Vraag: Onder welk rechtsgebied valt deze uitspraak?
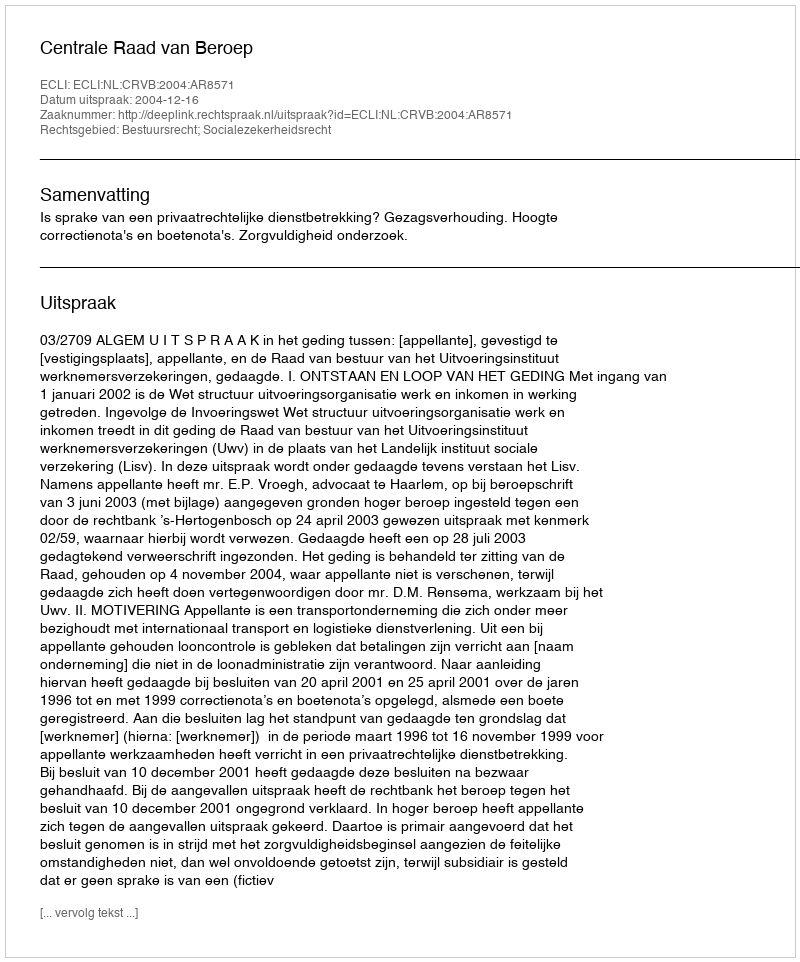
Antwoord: Bestuursrecht; Socialezekerheidsrecht